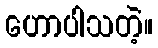
ဟောပါသတဲ့။